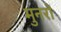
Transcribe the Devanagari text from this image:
मुनरों